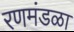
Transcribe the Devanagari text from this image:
रणमंडळा